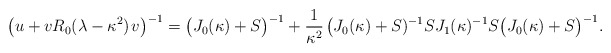
\begin{align*}\big(u+vR_0(\lambda-\kappa^2)\;\!v\big)^{-1}=\big(J_0(\kappa)+S\big)^{-1}+\frac1{\kappa^2}\;\!\big(J_0(\kappa)+S)^{-1}SJ_1(\kappa)^{-1}S\big(J_0(\kappa)+S\big)^{-1}.\end{align*}